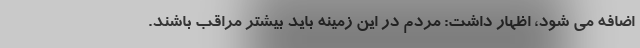
اضافه می شود، اظهار داشت: مردم در این زمینه باید بیشتر مراقب باشند.